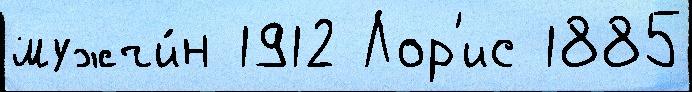
мужчи́н 1912 Лор'ис 1885